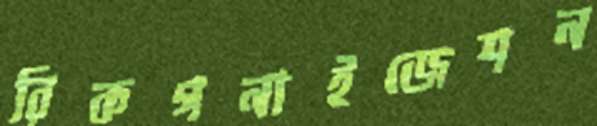
রিকগনাইজেশন